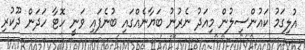
އުލިގަމު ކައުންސިލުން މިއަދު ނެރުނު ބަޔާނެއްގައި ބުނެފައި ވަނީ ހޮޓާ ހަދަން ދޫކުރި